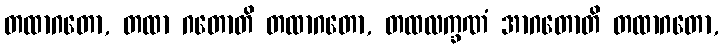
တထာဂတော, တထာ ဂတောတိ တထာဂတော, တထလက္ခဏံ အာဂတောတိ တထာဂတော,